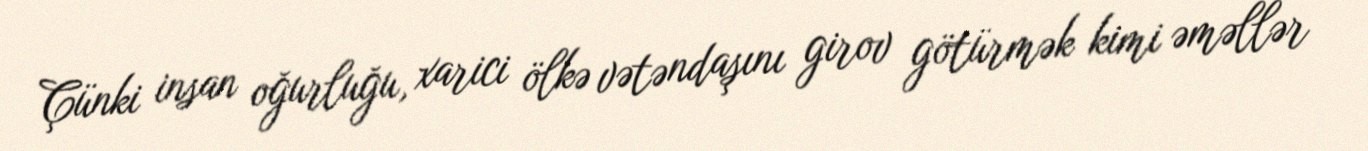
Çünki insan oğurluğu, xarici ölkə vətəndaşını girov götürmək kimi əməllər